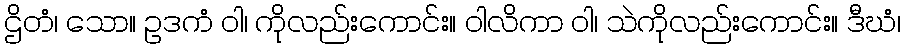
ဌိတံ၊ သော။ ဥဒကံ ဝါ၊ ကိုလည်းကောင်း။ ဝါလိကာ ဝါ၊ သဲကိုလည်းကောင်း။ ဒီဃံ၊